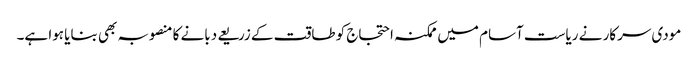
مودی سرکار نے ریاست آسام میں ممکنہ احتجاج کو طاقت کے زریعے دبانے کا منصوبہ بھی بنایا ہوا ہے۔